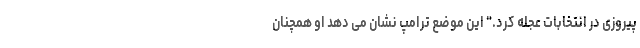
پیروزی در انتخابات عجله کرد." این موضع ترامپ نشان می دهد او همچنان